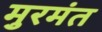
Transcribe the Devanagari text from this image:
मुरमंत